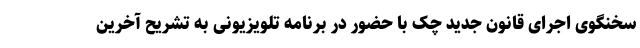
سخنگوی اجرای قانون جدید چک با حضور در برنامه تلویزیونی به تشریح آخرین